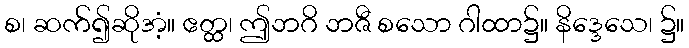
စ၊ ဆက်၍ဆိုအံ့။ ဧတ္ထ၊ ဤဘဂိ ဘဇီ စသော ဂါထာ၌။ နိဒ္ဒေသေ၊ ၌။